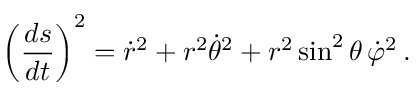
\left( { \frac { d s } { d t } } \right) ^ { 2 } = { \dot { r } } ^ { 2 } + r ^ { 2 } { \dot { \theta } } ^ { 2 } + r ^ { 2 } \sin ^ { 2 } \theta \, { \dot { \varphi } } ^ { 2 } \, .